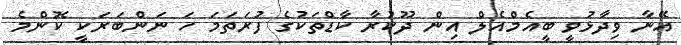
އޭނާ ވިދާޅުވީ ބީއެމްއެލް އިން ދޫކުރާ ކާޑްތަކުގެ ފުރަތަމަ ހަ ނަންބަރަކީ ކޮންމެ